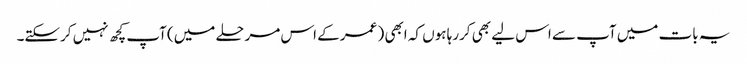
یہ بات میں آپ سے اس لیے بھی کررہا ہوں کہ ابھی ( عمر کے اس مرحلے میں) آپ کچھ نہیں کرسکتے۔